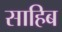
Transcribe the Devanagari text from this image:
साहिब